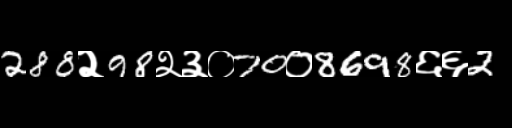
Text: 288२98२३०70०8698६६2